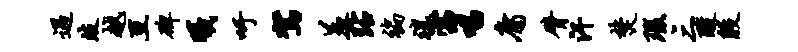
遇歧越亘碑曦吁驾羞玷褊禳窈唱庸臂汗焚瑕三酸殷